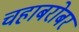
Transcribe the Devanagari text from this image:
चहाबरोबर